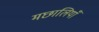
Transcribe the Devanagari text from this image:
मछालियाँ